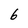
Character: 6